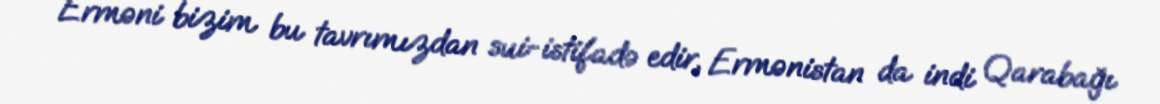
Erməni bizim bu tavrımızdan sui-istifadə edir, Ermənistan da indi Qarabağı